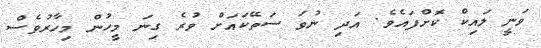
ވަނީ ލައިކް ކޮށްފައެވެ. އަދި ނުވަ ސަތޭކައަށް ވުރެ ގިނަ މީހުން މިހާރުވެސް